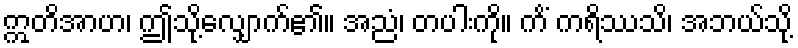
ဣတိအာဟ၊ ဤသို့လျှောက်၏။ အညံ၊ တပါးကို။ ကိံ ကရိဿသိ၊ အဘယ်သို့